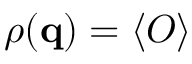
\rho ( \mathbf { q } ) = \langle { \cal O } \rangle